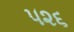
૫૨૬